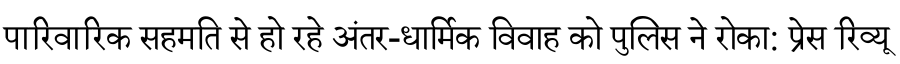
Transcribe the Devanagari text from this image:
पारिवारिक सहमति से हो रहे अंतर-धार्मिक विवाह को पुलिस ने रोका: प्रेस रिव्यू